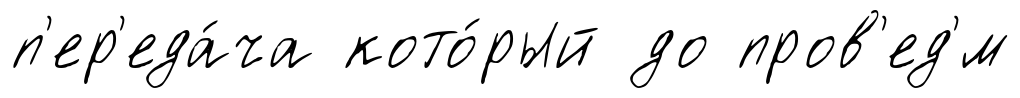
п'ер'еда́ча кото́рый до пров'ед'́м